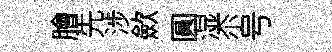
膾先涉歛圓湿尒号